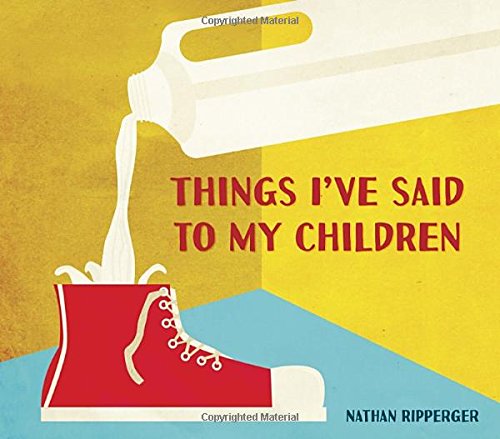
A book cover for Things I've Said to My Children; Nathan Ripperger; Comics & Graphic Novels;